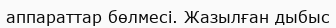
аппараттар бөлмесі. Жазылған дыбыс